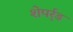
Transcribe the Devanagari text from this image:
शेपर्र्ड